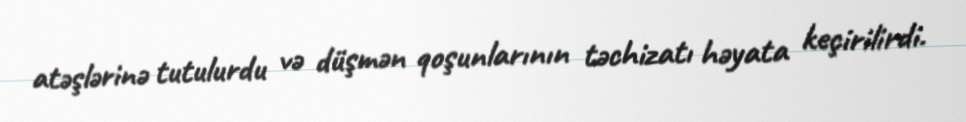
atəşlərinə tutulurdu və düşmən qoşunlarının təchizatı həyata keçirilirdi.